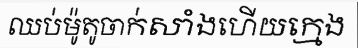
ឈប់ម៉ូតូចាក់សាំងហើយក្មេង